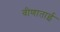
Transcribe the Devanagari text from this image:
वीणाताई